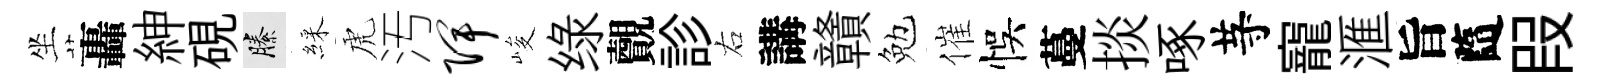
坐轟紳硯縢綵虎汚陴峻绿覿診右講贛勉催悞蔓掞啄䒭寵滙旨隨叚